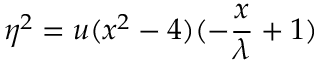
\eta ^ { 2 } = u ( x ^ { 2 } - 4 ) ( - \frac { x } { \lambda } + 1 )